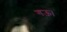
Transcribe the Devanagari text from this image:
गऊ।